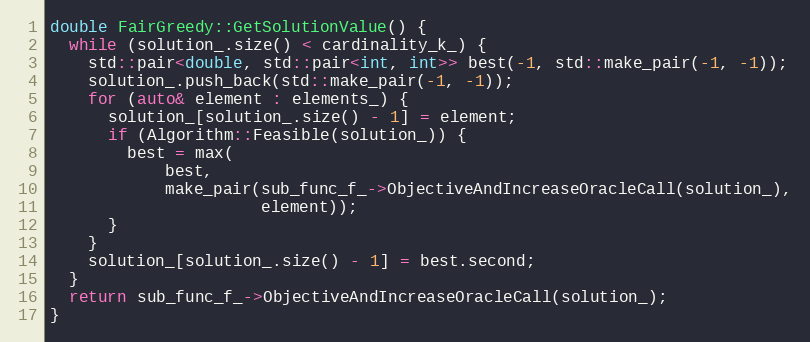
Language: C++
double FairGreedy::GetSolutionValue() {
  while (solution_.size() < cardinality_k_) {
    std::pair<double, std::pair<int, int>> best(-1, std::make_pair(-1, -1));
    solution_.push_back(std::make_pair(-1, -1));
    for (auto& element : elements_) {
      solution_[solution_.size() - 1] = element;
      if (Algorithm::Feasible(solution_)) {
        best = max(
            best,
            make_pair(sub_func_f_->ObjectiveAndIncreaseOracleCall(solution_),
                      element));
      }
    }
    solution_[solution_.size() - 1] = best.second;
  }
  return sub_func_f_->ObjectiveAndIncreaseOracleCall(solution_);
}